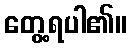
တွေ့ရပါ၏။